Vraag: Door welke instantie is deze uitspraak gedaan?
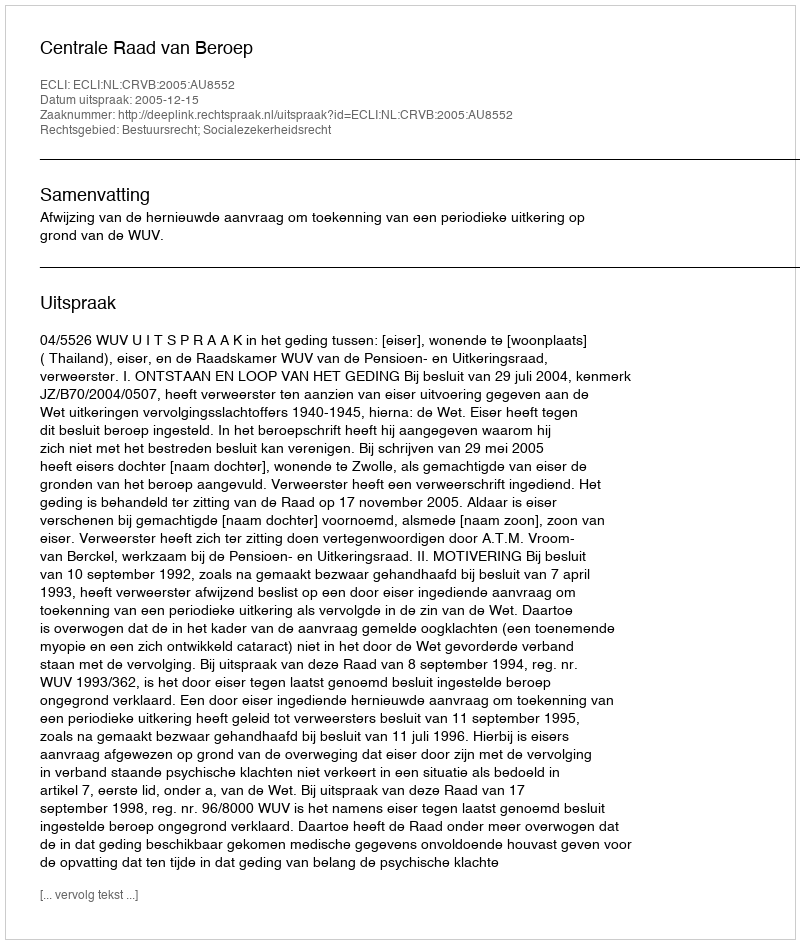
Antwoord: Centrale Raad van Beroep